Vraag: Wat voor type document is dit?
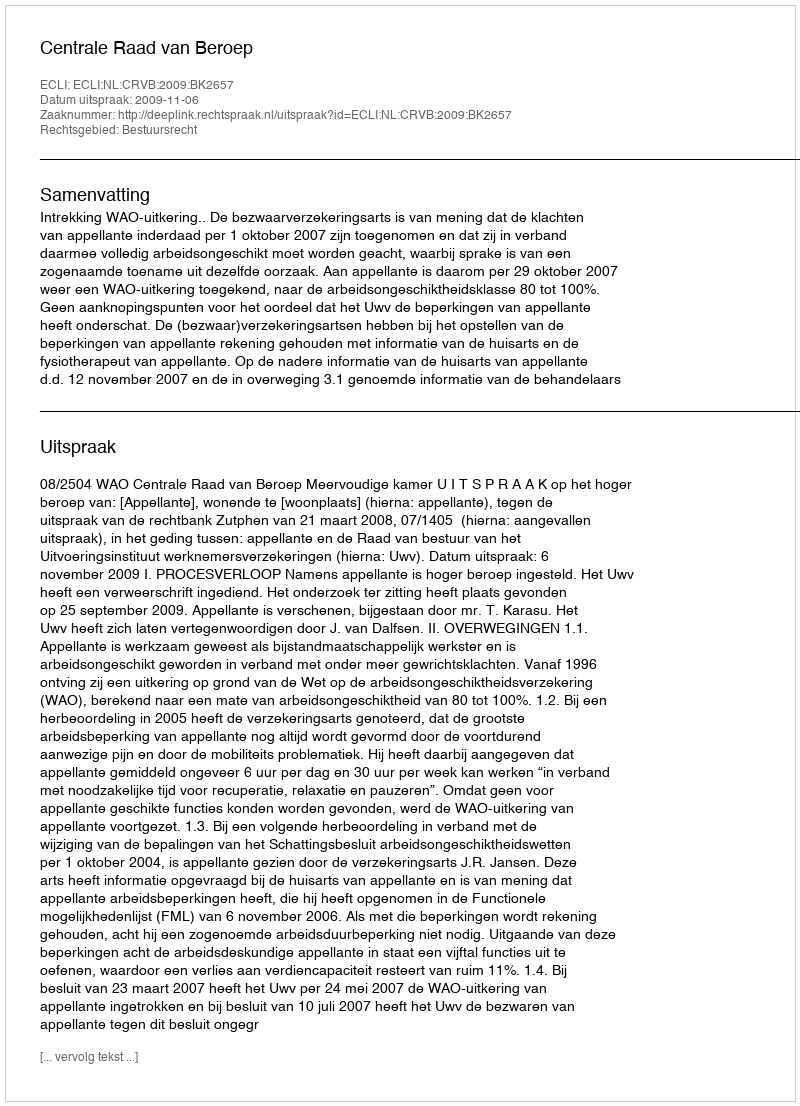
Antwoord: Uitspraak